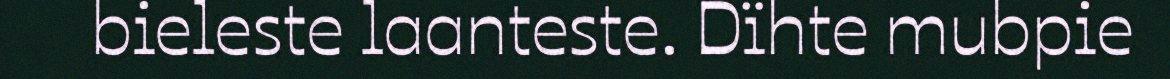
bieleste laanteste. Dïhte mubpie